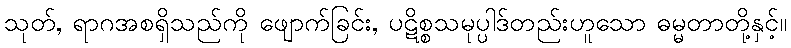
သုတ်, ရာဂအစရှိသည်ကို ဖျောက်ခြင်း, ပဋိစ္စသမုပ္ပါဒ်တည်းဟူသော ဓမ္မတာတို့နှင့်။